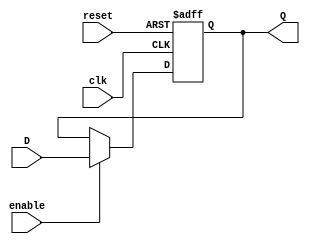
module DFlipFlopRegister #(parameter N = 8) (
    input  wire            clk,       // Clock signal
    input  wire            reset,     // Reset signal
    input  wire            enable,     // Enable signal
    input  wire [N-1:0]   D,         // Parallel input data
    output reg  [N-1:0]   Q          // Parallel output data
);

// Always block triggered on the clock edge
always @(posedge clk or posedge reset) begin
    if (reset) begin
        Q <= {N{1'b0}};  // Asynchronous reset: Set all bits to 0
    end else if (enable) begin
        Q <= D;          // Capture input data when enable is high
    end
    // If enable is low, Q retains its previous value (no change)
end

endmodule